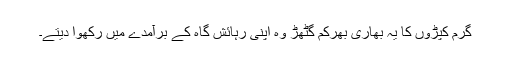
گرم کپڑوں کا یہ بھاری بھرکم گٹھڑ وہ اپنی رہائش گاہ کے برآمدے میں رکھوا دیتے۔